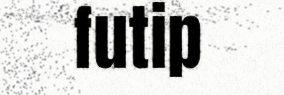
futip